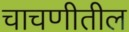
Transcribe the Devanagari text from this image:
चाचणीतील